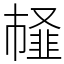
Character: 䪟